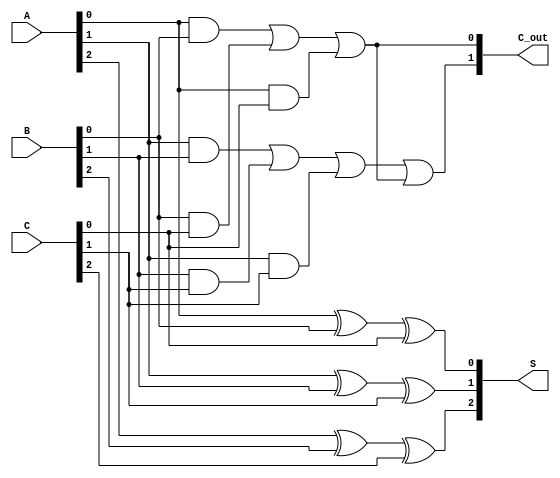
module CarrySaveAdder (
    input  [2:0] A, // 3-bit input A
    input  [2:0] B, // 3-bit input B
    input  [2:0] C, // 3-bit input C
    output [2:0] S, // 3-bit sum output
    output [1:0] C_out // 2-bit carry output
);

// Sum calculation using XOR gates
assign S[0] = A[0] ^ B[0] ^ C[0];
assign S[1] = A[1] ^ B[1] ^ C[1];
assign S[2] = A[2] ^ B[2] ^ C[2];

// Carry calculation using AND and OR gates
assign C_out[0] = (A[0] & B[0]) | (B[0] & C[0]) | (A[0] & C[0]);
assign C_out[1] = (A[1] & B[1]) | (B[1] & C[1]) | (A[1] & C[1]) | C_out[0];

endmodule